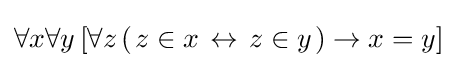
\forall x\forall y\,[\forall z\,(\left.z\in x\right.\leftrightarrow \left.z\in y\right.)\rightarrow x=y]